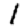
Digit: 1